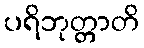
ပရိဘုတ္တာတိ